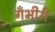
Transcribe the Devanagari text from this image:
गँभीरी